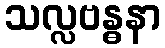
သလ္လဗန္ဓနာ